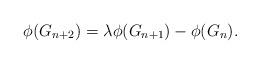
LaTeX: \begin{align*}\phi(G_{n+2})= \lambda \phi(G_{n+1}) - \phi(G_{n}).\end{align*}